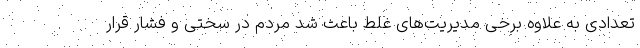
تعدادی به علاوه برخی مدیریت‌های غلط باعث شد مردم در سختی و فشار قرار